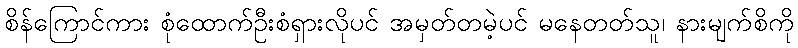
စိန်ကြောင်ကား စုံထောက်ဦးစံရှားလိုပင် အမှတ်တမဲ့ပင် မနေတတ်သူ၊ နားမျက်စိကို